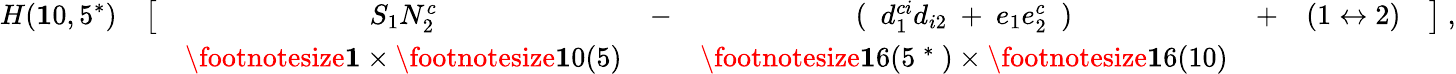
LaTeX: \begin{array}{cccccccc}{{H({\mathbf 10,5}^{*})}}&{{\bigl[}}&{{S_{1}N_{2}^{c}}}&{{-}}&{{(\ \ d_{1}^{ci}d_{i2}\ +\ e_{1}e_{2}^{c}\ \ )}}&{{+}}&{{(1\leftrightarrow 2)}}&{{\bigr]\ ,}}\\ {{}}&{{}}&{{\mathrm{\footnotesize\mathbf 1}\times\mathrm{\footnotesize\mathbf 10(5)}}}&{{}}&{{\mathrm{\footnotesize\mathbf 16(5~^{*}~)}\times\mathrm{\footnotesize\mathbf 16(10)}}}&{{}}&{{}}&{{}}\end{array}